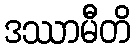
ဒဿာမီတိ